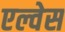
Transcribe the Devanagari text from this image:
एल्वेस